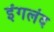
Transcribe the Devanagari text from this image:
इंगलंद